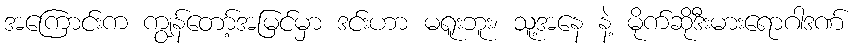
အကြောင်းက ကျွန်တော့်အမြင်မှာ ဒင်းဟာ မရူးဘူး၊ သူ့အနေ နဲ့ မိုက်ဆိုဒီးမားရောဂါဒဏ်